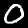
Label: 0